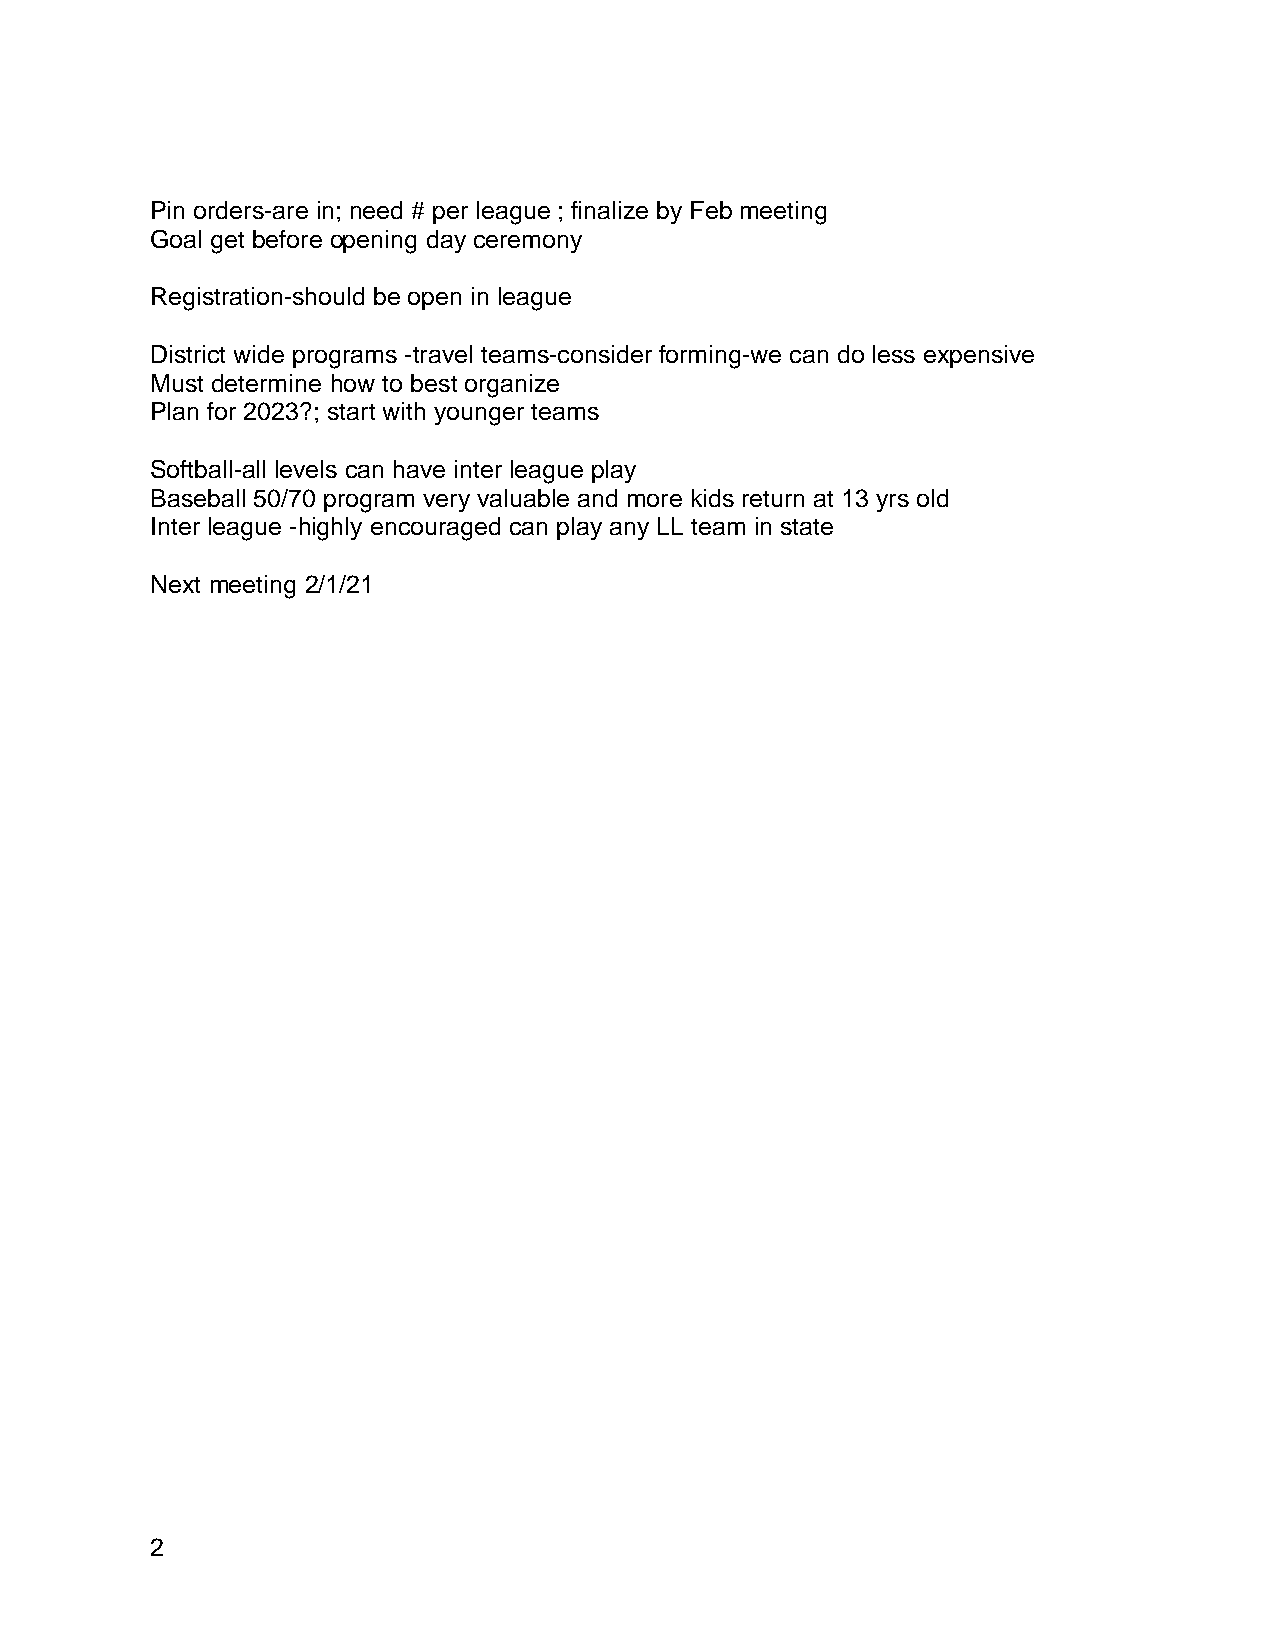
Pin orders-are in; need # per league ; finalize by Feb meeting
 Goal get before opening day ceremony
 Registration-should be open in league
 District wide programs -travel teams-consider forming-we can do less expensive
 Must determine how to best organize
 Plan for 2023?; start with younger teams
 Softball-all levels can have inter league play
 Baseball 50/70 program very valuable and more kids return at 13 yrs old
 Inter league -highly encouraged can play any LL team in state
 Next meeting 2/1/21
 2